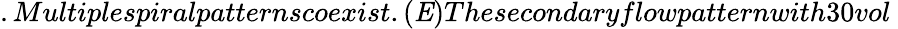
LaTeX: .Multiplespiralpatternscoexist.({\mathit E})Thesecondaryflowpatternwith30vol\